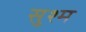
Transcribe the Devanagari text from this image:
सुश्म